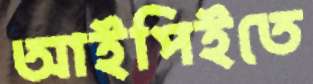
আইপিইতে